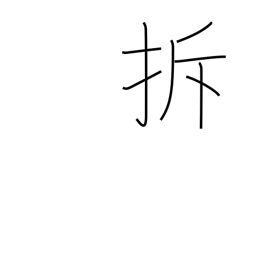
Meaning: to break up